Civil Veterinary Department Bengal reports 1933-51 - 1933-1951
Year: 1933
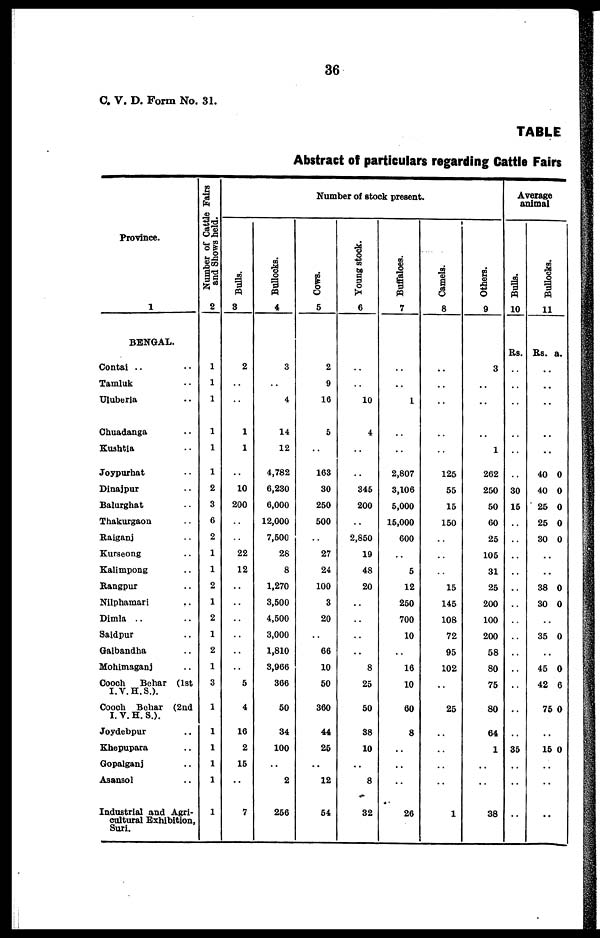
36
C. V. D. Form No. 31.
TABLE
Abstract of particulars regarding Cattle Fairs
Province.
1
BENGAL.
Contai .. ..
Tamluk ..
Uluberia ..
Chuadanga ..
Kushtia ..
Joypurhat ..
Dinajpur ..
Balurghat ..
Thakurgaon ..
Raiganj ..
Kurseong ..
Kalimpong ..
Rangpur ..
Nilphamari ..
Dimla .. ..
Saidpur ..
Gaibandha ..
Mohimaganj ..
Cooch
Behar (1st
I.V.H.S.).
Coooh Bebar (2nd
I.V.H.S.).
Joydebpur ..
Khepupara ..
Gopalganj ..
Asansol ..
Industrial and Agri-
cultural Exhibition,
Suri.
Number of Cattle Fairs
and Shows held.
2
1
1
1
1
1
1
2
3
6
2
1
1
2
1
2
1
2
1
3
1
1
1
1
1
1
Number of stock present.
Bulls.
3
2
..
..
1
1
..
10
200
..
..
22
12
..
..
..
..
..
..
5
4
16
2
15
..
7
Bullocks.
4
3
..
4
14
12
4,782
6,230
6,000
12,000
7,500
28
8
1,270
3,500
4,500
3,000
1,810
3,966
366
50
34
100
..
2
256
Cows.
5
2
9
16
5
..
163
30
250
500
..
27
24
100
3
20
..
66
10
50
360
44
25
..
12
54
Young stock.
6
..
..
10
4
..
..
345
200
..
2,850
19
48
20
..
..
..
..
8
25
50
38
10
..
8
32
Buffaloes.
7
..
..
1
..
..
2,807
3,106
5,000
15,000
600
..
5
12
250
700
10
..
16
10
60
8
..
..
..
26
Camels.
8
..
..
..
..
..
125
55
15
150
..
..
..
15
145
108
72
95
102
..
25
..
..
..
..
1
Others.
9
3
..
..
..
1
262
250
50
60
25
105
31
25
200
100
200
58
80
75
80
64
1
..
..
38
Average
animal
Bulls.
10
Rs.
..
..
..
..
..
..
30
15
..
..
..
..
..
..
..
..
..
..
..
..
..
35
..
..
..
Bullocks.
11
Rs. a.
..
..
..
..
..
40 0
40 0
25 0
25 0
30 0
..
..
38 0
30 0
..
35 0
..
45 0
42 6
75 0
..
15 0
..
..
..